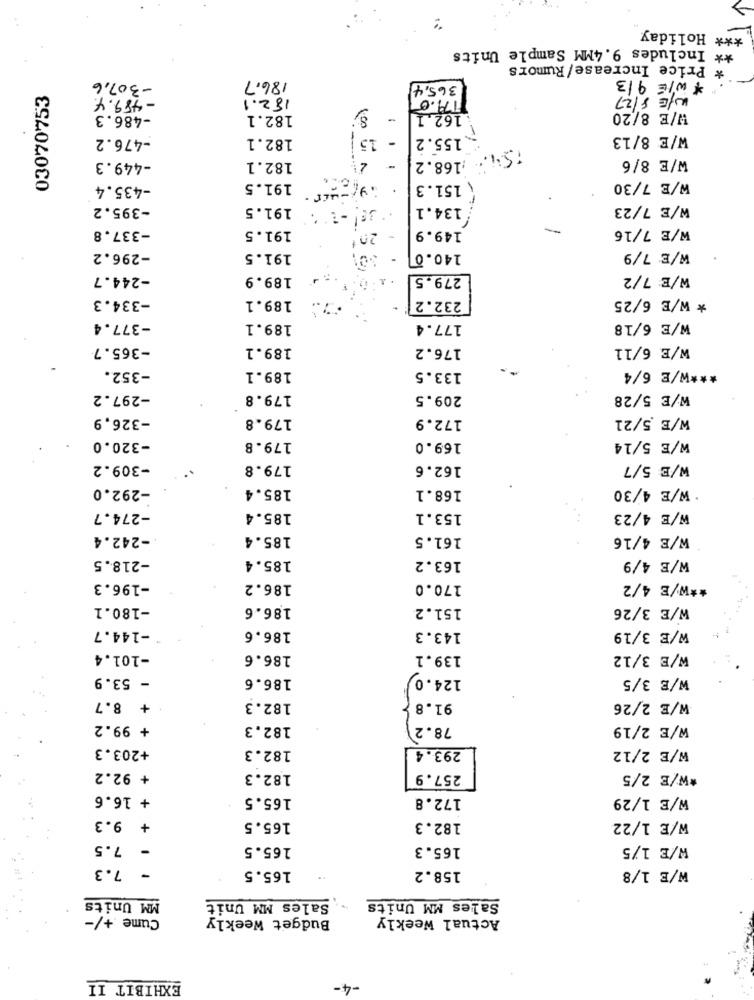
*** Holiday
** Includes 9.4MM Sample Units
* Price Increase/ Rumors
* WIE 9/3
-307,6
186.7
365,4
03070753
- 489.4.
182.1
17.0
WIE 8/27
-486.3
182.1
-
162.1
W/E 8/20
-476.2
182.1
15
-
.155.2
W/E 8/13
168.2
W/E 8/6
-449.3
182.1
-435.4
191.5
151.3
W/E 7/30
-395.2
191.5
:134.1
W/E 7/23
-337.8
191.5
149.9
-
W/E 7/16
201
-296.2
191.5
140.0
W/E 7/9
-244.7
189.9
279.5
W/E 7/2
189.1
232.2
* W/E 6/25
-334.3
-377.4
189.1
177.4
W/E 6/18
-365.7
189.1
176.2
W/E 6/11
-352.
189.1
133.5
*** W/E 6/4
-297.2
179.8
209.5
W/E 5/28
-326,9
179.8
172.9
W/E .5/21
-320.0
179.8
169.0
W/E 5/14
-309.2
179.8
162.6
W/E 5/7
-292.0
185.4
168.1
. W/E 4/30
-274.7
185.4
153.1
W/E 4/23
.- 242.4
185.4
161.5
W/E 4/16
-218.5
185.4
W/E 4/9
163.2
-196.3
186.2
170.0
** W/E 4/2
-180.1
186.6
151.2
W/E 3/26
W/E 3/19
-144.7
186.6
143.3
-101.4
186.6
139.1
W/E 3/12
- 53.9
186.6
124.0
W/E 3/5
+ 8.7
182.3
91.8
W/E 2/26
+ 99.2
182.3
78.2
W/E 2/19
+203.3
182.3
293.4
W/E 2/12
+ 92.2
182.3
257.9
*W/E 2/5
+ 16.6
165.5
172.8
W/E 1/29
+ 9.3
165.5
182.3
W/E 1/22
- 7.5
165.5
165.3
W/E 1/5
- 7.3
165.5
W/E 1/8
158.2
MM Units
Sales MM Unit
Sales MM Units
Cume +/-
Budget Weekly
Actual Weekly
EXHIBIT II
-4-